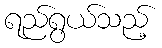
ရည်ရွယ်သည့်